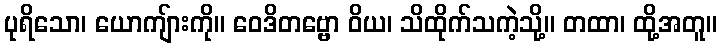
ပုရိသော၊ ယောကျ်ားကို။ ဝေဒိတဗ္ဗော ဝိယ၊ သိထိုက်သကဲ့သို့။ တထာ၊ ထို့အတူ။